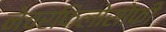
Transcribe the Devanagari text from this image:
नेचरफिलोसोफी